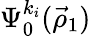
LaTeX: \Psi_{0}^{k_{i}}(\vec{\rho}_{1})